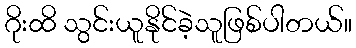
ဂိုးထိ သွင်းယူနိုင်ခဲ့သူဖြစ်ပါတယ်။